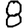
Digit: 8